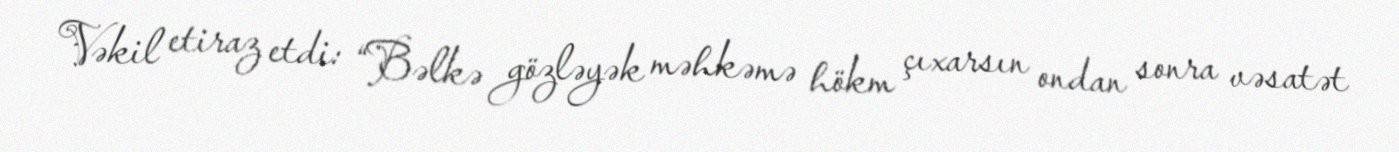
Vəkil etiraz etdi: “Bəlkə gözləyək məhkəmə hökm çıxarsın ondan sonra vəsatət